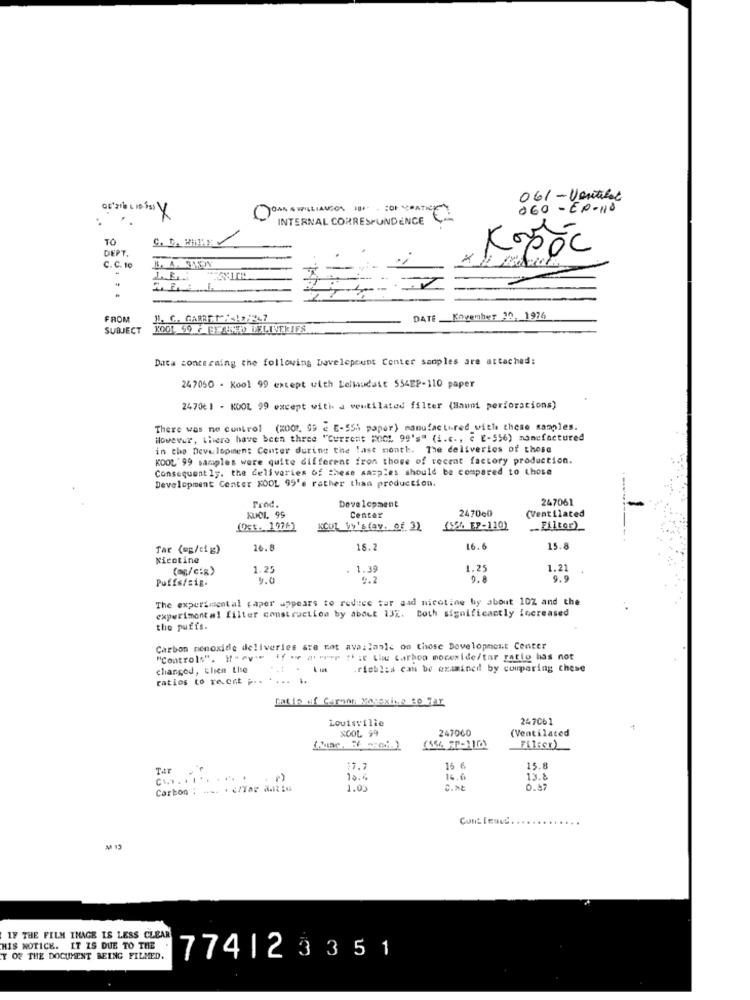
061 -Ventilat
CAN . WILLIAMSON HUI . OF PA
060-EP-110
INTERNAL CORRESPONDENCE
TO
C. D. RIME
DEPT.
Kopóc
×
C.C. 10
FROM
H. G. GARRET : + 47
DATE. Kovenher 30. 1976
SUBJECT
KOOL 69 F GEANATO LELINEKIFS
Data concerning the following Developeunt Center samples are attached:
247050 - Kool 99 except with Lelmodule 554EP-110 paper
2470€ 1 - KOOL 99 except with a ventilated filter (Haunt perforations)
There was no control (2000. $) e E-SSA paper) manufactured with these samples.
However, there have been three "Current Fact 99's" (i.c ., ( E-556) manufactured
in the Development Center during the last month. The deliveries of those
KOOL' 99 samples were quite different from those of recent factory production.
Consequent 1 ;. the deliveries of these samples should be compared to those
Development Center KOOL 99's rather than production.
Prod
Development
247061
247060
(Ventilated
KUOL, 99
Center
(Oct. 1076)
(596 EP-110)
_Filter)
Tar (ug/sig)
16. 8
16.2
16.6
15.8
Nicotine
1.25
. 1.39
1.25
1.21
Puffs/sig.
0.2
9.8
9.9
The experimental paper appears to reduce ter aad nicotine by about 10Z and the
experimental filter construction by about 132. Both significactly increased
the puffs.
Carbon monoxide deliveries are not available on those Development Center
"Controls". Herv'="If we areer fie Lie carbon mocexide/tar ratio has not
changed, Elien Lise
.ricbles can be examined by comparing these
ratios to recent p.s
.... ..
Catip of Carnon Varexits so Far
Louisville
247Cb1
SCOL 99
247060
(Ventilated
(55% FP-1101
FLIESK)
11.7
16 6
15.8
C ..... ... ... . .
10.4
16.6
13.8
Carton : -. . < /Tar atie
1.00
C.h&
Cont feavd.
M 13
IF THE FILM IMAGE IS LESS CLEAR
HIS NOTICE. IT IS DUE TO THE
T OF THE DOCUMENT BEING FILMED.
774123351